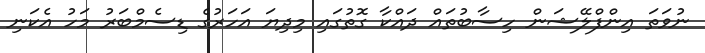
ނުވަތަ އިންފްލޭޝަން ހިސާބުތައް ދައްކާ ގޮތުގައި މިދިޔަ އަހަރުގެ ޑިސެމްބަރު މަހު އެކަނި